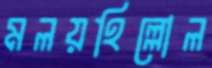
মলয়হিল্লোল